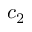
c _ { 2 }